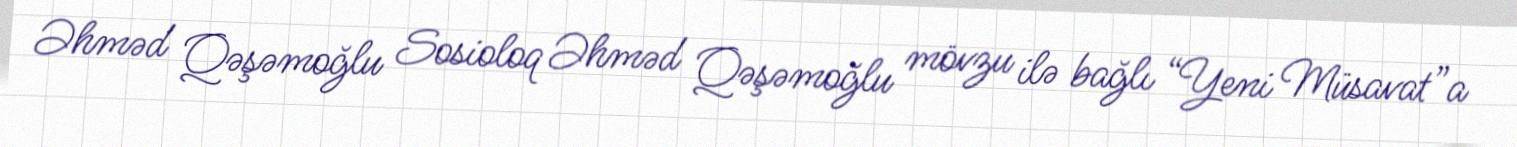
Əhməd Qəşəmoğlu Sosioloq Əhməd Qəşəmoğlu mövzu ilə bağlı “Yeni Müsavat”a